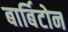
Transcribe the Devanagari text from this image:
बार्बिटोन